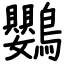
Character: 鸚